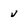
Character: v